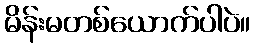
မိန်းမတစ်ယောက်ပါပဲ။